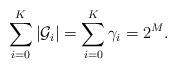
LaTeX: \begin{align*} \sum_{i=0}^K|\mathcal{G}_i|=\sum_{i=0}^K\gamma_i=2^M.\end{align*}